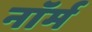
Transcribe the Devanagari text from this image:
नाॅर्म